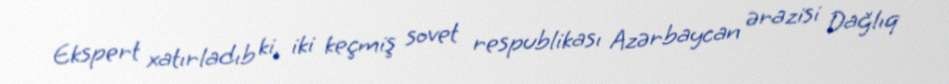
Ekspert xatırladıb ki, iki keçmiş sovet respublikası Azərbaycan ərazisi Dağlıq